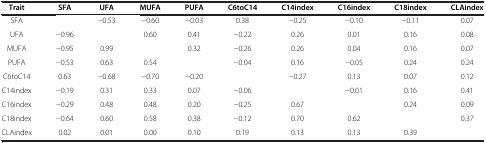
<table><thead><tr><td><b>Trait</b></td><td><b>SFA</b></td><td><b>UFA</b></td><td><b>MUFA</b></td><td><b>PUFA</b></td><td><b>C6toC14</b></td><td><b>C14index</b></td><td><b>C16index</b></td><td><b>C18index</b></td><td><b>CLAindex</b></td></tr></thead><tbody><tr><td>SFA</td><td> </td><td>−0.53</td><td>−0.60</td><td>−0.03</td><td>0.38</td><td>−0.25</td><td>−0.10</td><td>−0.11</td><td>0.07</td></tr><tr><td>UFA</td><td>−0.96</td><td> </td><td>0.60</td><td>0.41</td><td>−0.22</td><td>0.26</td><td>0.01</td><td>0.16</td><td>0.08</td></tr><tr><td>MUFA</td><td>−0.95</td><td>0.99</td><td> </td><td>0.32</td><td>−0.26</td><td>0.26</td><td>0.04</td><td>0.16</td><td>0.07</td></tr><tr><td>PUFA</td><td>−0.53</td><td>0.63</td><td>0.54</td><td> </td><td>−0.04</td><td>0.16</td><td>−0.05</td><td>0.24</td><td>0.24</td></tr><tr><td>C6toC14</td><td>0.63</td><td>−0.68</td><td>−0.70</td><td>−0.20</td><td> </td><td>−0.27</td><td>0.13</td><td>0.07</td><td>0.12</td></tr><tr><td>C14index</td><td>−0.19</td><td>0.31</td><td>0.33</td><td>0.07</td><td>−0.06</td><td> </td><td>−0.01</td><td>0.16</td><td>0.41</td></tr><tr><td>C16index</td><td>−0.29</td><td>0.48</td><td>0.48</td><td>0.20</td><td>−0.25</td><td>0.67</td><td> </td><td>0.24</td><td>0.09</td></tr><tr><td>C18index</td><td>−0.64</td><td>0.60</td><td>0.58</td><td>0.38</td><td>−0.12</td><td>0.70</td><td>0.62</td><td> </td><td>0.37</td></tr><tr><td>CLAindex</td><td>0.02</td><td>0.01</td><td>0.00</td><td>0.10</td><td>0.19</td><td>0.13</td><td>0.13</td><td>0.39</td><td> </td></tr></tbody></table>